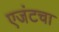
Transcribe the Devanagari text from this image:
एजंटचा